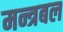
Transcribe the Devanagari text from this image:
मन्त्रबल